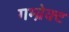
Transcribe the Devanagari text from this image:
गम्ब्रेक्ट